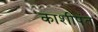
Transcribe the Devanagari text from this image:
काशीपंत